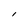
Character: l